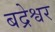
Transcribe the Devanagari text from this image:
बद्रेश्वर